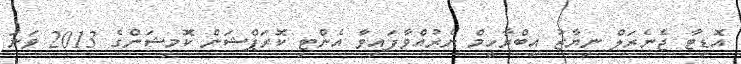
އޮޑިޓާ ޖެނެރަލް ނިޔާޒު އިބްރާހީމް ނެރުއްވާފައިވާ އެންޓި ކޮރަޕްޝަން ކޮމިޝަންގެ 2013 ވަނަ